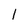
Character: 1